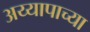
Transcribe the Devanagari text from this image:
अय्यापाच्या